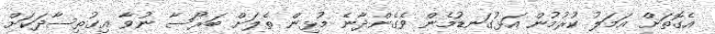
އެގޮތަށް އަމަލު ކުރުމުން އަޅުގަނޑުމެން ވެގެންދާނެ މުޅިން ތެލަށް ބަރޯސާ ނުވާ އިގުތިސާދަކަށް